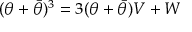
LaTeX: ( { \theta } + \bar { \theta } ) ^ { 3 } = 3 ( { \theta } + \bar { \theta } ) V + W